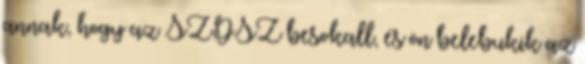
annak, hogy az SZDSZ besokall, és ön belebukik az